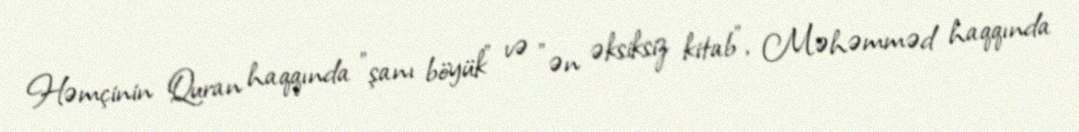
Həmçinin Quran haqqında "şanı böyük" və "ən əksiksiz kitab", Məhəmməd haqqında